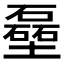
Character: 𪤬